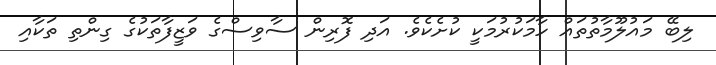
ލިބޭ މައުލޫމާތުތައް ހާމަކުރުމަކީ ކުށެކެވެ. އަދި ފޮރިން ސާވިސްގެ ވަޒީފާތަކުގެ ގިންތި ތަކާއި